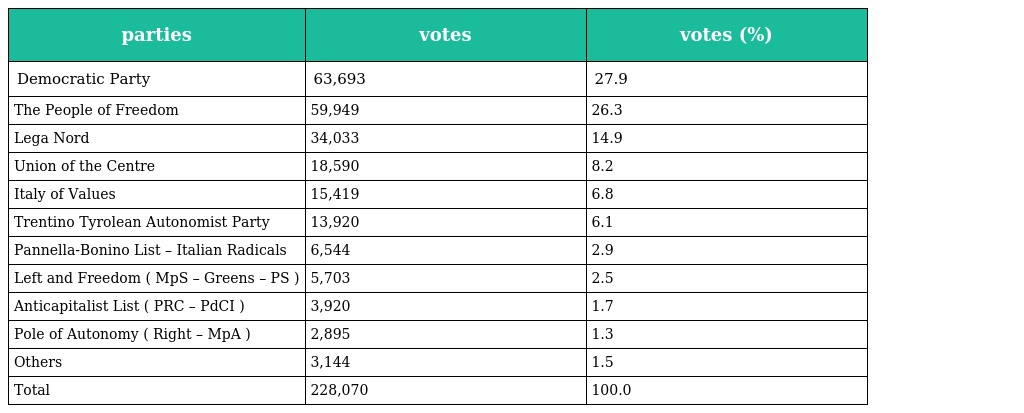
| parties | votes | votes (%) |
 | --- | --- | --- |
 | Democratic Party | 63,693 | 27.9 |
 | The People of Freedom | 59,949 | 26.3 |
 | Lega Nord | 34,033 | 14.9 |
 | Union of the Centre | 18,590 | 8.2 |
 | Italy of Values | 15,419 | 6.8 |
 | Trentino Tyrolean Autonomist Party | 13,920 | 6.1 |
 | Pannella-Bonino List – Italian Radicals | 6,544 | 2.9 |
 | Left and Freedom ( MpS – Greens – PS ) | 5,703 | 2.5 |
 | Anticapitalist List ( PRC – PdCI ) | 3,920 | 1.7 |
 | Pole of Autonomy ( Right – MpA ) | 2,895 | 1.3 |
 | Others | 3,144 | 1.5 |
 | Total | 228,070 | 100.0 |